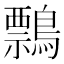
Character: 𪅃